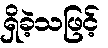
ရှိခဲ့သဖြင့်